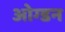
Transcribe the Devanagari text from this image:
ओग्डन